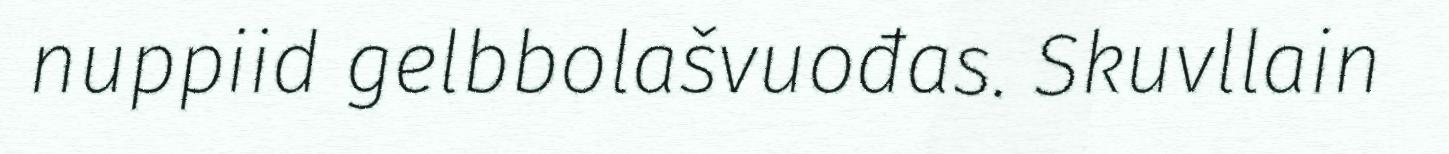
nuppiid gelbbolašvuođas. Skuvllain